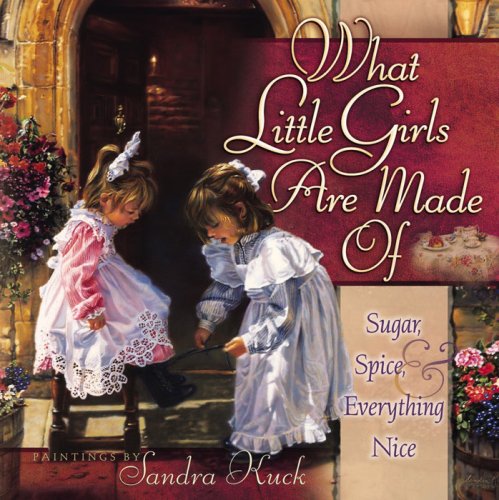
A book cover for What Little Girls Are Made Of: Sugar, Spice, and Everything Nice; Christian Books & Bibles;